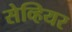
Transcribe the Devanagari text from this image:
सेव्हियर